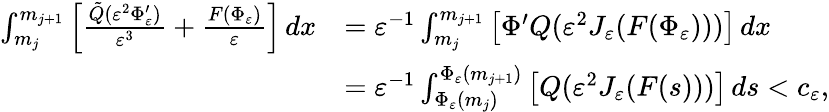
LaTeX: \begin{array}{rl}{\int_{m_{j}}^{m_{j+1}}\left[\frac{\tilde{Q}(\varepsilon^{2}\Phi_{\varepsilon}^{\prime})}{\varepsilon^{3}}+\frac{F(\Phi_{\varepsilon})}\varepsilon\right]\, dx}&{=\varepsilon^{-1}\int_{m_{j}}^{m_{j+1}}\left[\Phi^{\prime}Q(\varepsilon^{2}J_{\varepsilon}(F(\Phi_{\varepsilon})))\right]\, dx}\\ &{=\varepsilon^{-1}\int_{\Phi_{\varepsilon}(m_{j})}^{\Phi_{\varepsilon}(m_{j+1})}\left[Q(\varepsilon^{2}J_{\varepsilon}(F(s)))\right]\, ds<c_{\varepsilon},}\end{array}